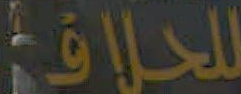
للخلافة